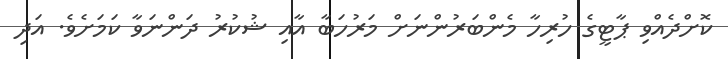
ކޮށްދެއްވި ޕާޓީގެ ހުރިހާ މެންބަރުންނަށް މަރުހަބާ އާއި ޝުކުރު ދަންނަވާ ކަމަށެވެ. އަދި